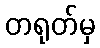
တရုတ်မှ